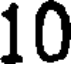
10